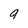
Character: 9